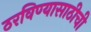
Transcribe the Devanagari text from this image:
ठरविण्यासाठीची